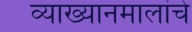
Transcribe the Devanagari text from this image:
व्याख्यानमालांचे